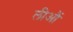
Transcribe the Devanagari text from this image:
लीऔं